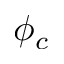
\phi _ { c }